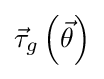
{\vec {\tau }}_{g}\left({\vec {\theta }}\right)